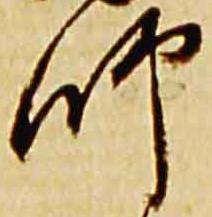
師